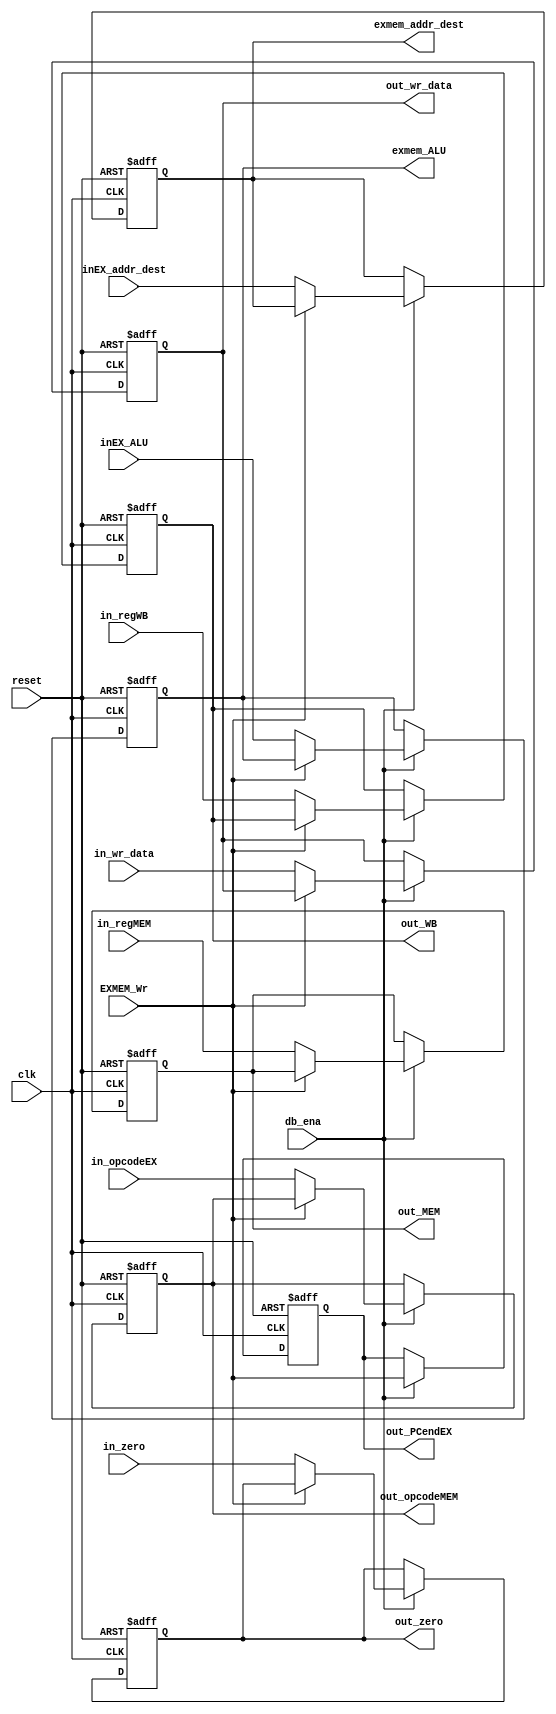
`timescale 1ns / 1ps
//////////////////////////////////////////////////////////////////////////////////
// Company: 
// Engineer: 
// 
// Design Name: 
// Module Name: EX_MEM
// Project Name: 
// Target Devices: 
// Tool Versions: 
// Description: 
// 
// Dependencies: 
// 
// Revision:
// Revision 0.01 - File Created
// Additional Comments:
// 
//////////////////////////////////////////////////////////////////////////////////


module EX_MEM(clk, reset, db_ena, EXMEM_Wr, inEX_ALU, in_zero, inEX_addr_dest, in_wr_data, in_regMEM, in_regWB,
in_opcodeEX, exmem_addr_dest, exmem_ALU, out_wr_data, out_MEM, out_WB, out_zero, out_PCendEX,
out_opcodeMEM);

// Parametros internos
parameter msb = 31; // bit mas sigficativo

// Entrada a modulo
input clk, reset;
input db_ena; // control de ena PC desde debug unit (clk enable)
input [msb:0] inEX_ALU;
input in_zero; // entrada de flag zero desde etapa EX
input [4:0] inEX_addr_dest;
input [msb:0] in_wr_data; // entrada de dato a escribir en memoria - data memory
input [2:0] in_regMEM; // entrada de las flags de control para la etapa MEM - 3 flags (beq, MemWr, MemRd)
input [1:0] in_regWB; // entrada de las flags de control para la etapa WB - 2 flags (MemtoReg, RegWrite)
input EXMEM_Wr; // habilitador de escritura de registro EXMEM
input [5:0] in_opcodeEX; // opcode desde IDEX


// Salidas de modulo
output reg [msb:0] exmem_ALU; //
output reg [4:0] exmem_addr_dest;
output reg [msb:0] out_wr_data;
output reg [2:0] out_MEM; // salida de las flags de control para la etapa MEM - 3 flags (Branch, MemWr, MemRd)
output reg [1:0] out_WB; // salida de las flags de control para la etapa WB - 2 flags (MemtoReg, RegWrite)
output reg out_zero;
output reg out_PCendEX; // flag PCend desde etapa EX3
output reg [5:0] out_opcodeMEM; // opcode saliendo de EXMEM


// Variables internas
reg [msb:0] ALU_next;
reg zero_next;
reg [4:0] addr_dest_next;
reg [msb:0] wrdata_next;
reg [2:0] MEM_next;
reg [1:0] WB_next;
reg PCendEX_next;
reg [5:0] opcodeMEM_next;


always@(*)
begin
	ALU_next = exmem_ALU;
	zero_next = out_zero;
	addr_dest_next = exmem_addr_dest;
	MEM_next = out_MEM;
	WB_next = out_WB;
	wrdata_next = out_wr_data;
	PCendEX_next = EXMEM_Wr;
	opcodeMEM_next = out_opcodeMEM;
	
	if(!EXMEM_Wr) begin
		ALU_next = inEX_ALU;
		zero_next = in_zero;
		addr_dest_next = inEX_addr_dest;
		MEM_next = in_regMEM;
		WB_next = in_regWB;
		wrdata_next = in_wr_data;
		opcodeMEM_next = in_opcodeEX;
	end
end

always@(negedge clk,posedge reset)
begin 
		if(reset)
		begin
			exmem_ALU <= 0;
			out_zero <= 1'b0;
			exmem_addr_dest <= 0;
			out_MEM <= 0;
			out_WB <= 0;
			out_wr_data <= 0;
			out_PCendEX <= 1'b0;
			out_opcodeMEM <= 0;
		end
		
		else if(db_ena)
		begin
			exmem_ALU <= ALU_next;
			out_zero <= zero_next;
			exmem_addr_dest <= addr_dest_next;
			out_MEM <= MEM_next;
			out_WB <= WB_next;
			out_wr_data <= wrdata_next;
			out_PCendEX <= PCendEX_next;
			out_opcodeMEM <= opcodeMEM_next;
		end
end
endmodule